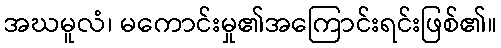
အဃမူလံ၊ မကောင်းမှု၏အကြောင်းရင်းဖြစ်၏။